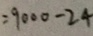
= 9 0 0 0 - 2 4